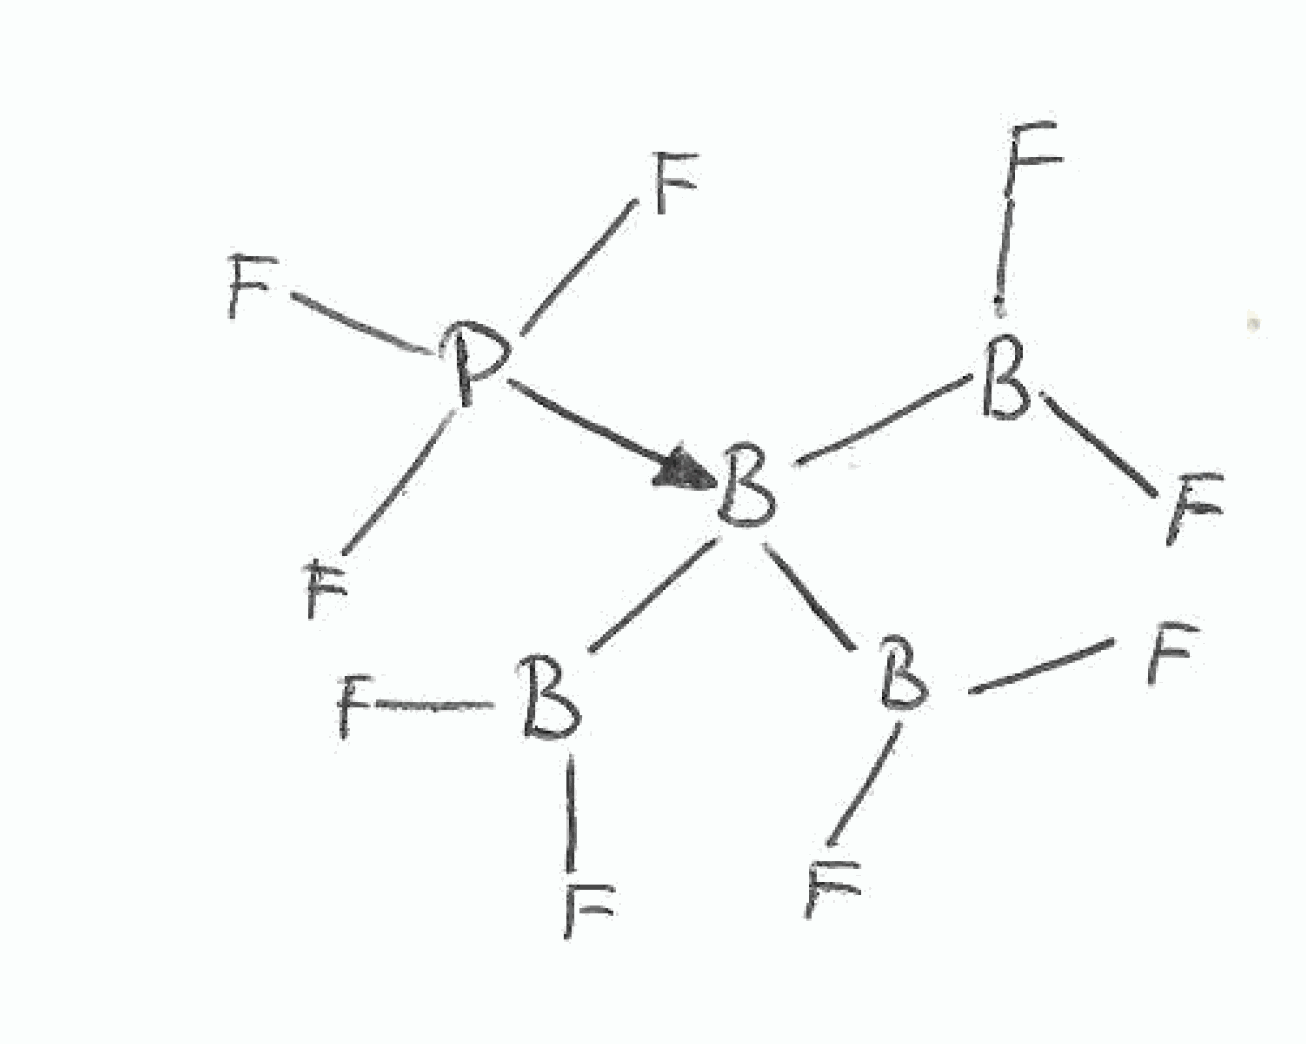
Simplified molecular-input line-entry system (SMILES) notation of the given molecule:
B([B-](B(F)F)(B(F)F)[P+](F)(F)F)(F)F